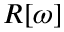
R [ \omega ]